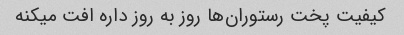
کیفیت پخت رستوران‌ها روز به روز داره افت میکنه